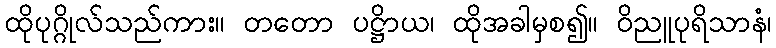
ထိုပုဂ္ဂိုလ်သည်ကား။ တတော ပဋ္ဌိာယ၊ ထိုအခါမှစ၍။ ဝိညူပုရိသာနံ၊